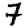
Digit: 7